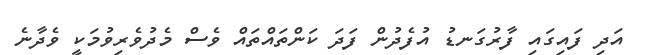
އަދި ފައިގައި ފާރުގަނޑު އުފެދުން ފަދަ ކަންތައްތައް ވެސް މެދުވެރިވުމަކީ ވެދާނެ